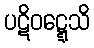
ပဋိဝဋ္ဋေသိ